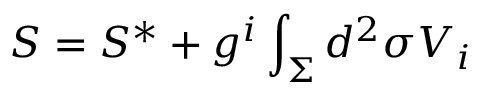
{ \cal S } = { \cal S } ^ { * } + g ^ { i } \int _ { \Sigma } d ^ { 2 } \sigma V _ { i }